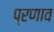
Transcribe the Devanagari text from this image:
प्रणाव